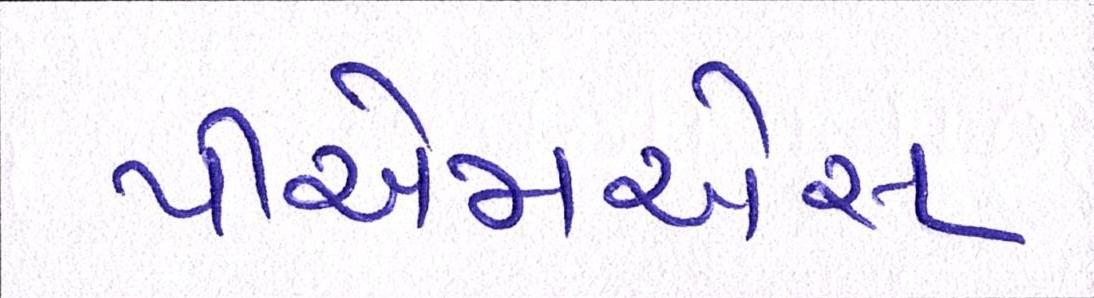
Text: પીએમએસ